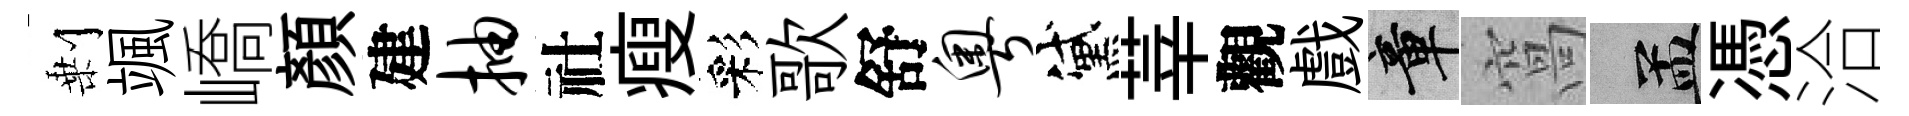
剰颯嶠顔建抽社瘦彩歌舒粤黛莘觀戲章窩汴憑洽